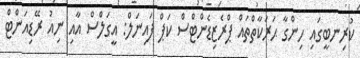
ކުރިނބީގައި ހިންގާ ޙަރަކާތްތައް ޕްރެޒިޑެންޓްސް ކަޕް ފައިނަލް: އީގަލްސް އާއި ނިއު ރޭޑިއަންޓް